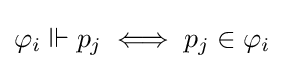
\varphi _{i}\Vdash p_{j}\iff p_{j}\in \varphi _{i}